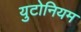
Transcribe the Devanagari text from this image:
युटोनियम